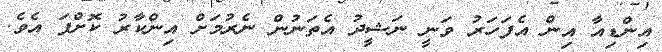
އިންޑިއާ އިން އެފަހަރު ވަނީ ނަޝީދު އެތަނުން ނެރުމަށް އިންކާރު ކޮށްފަ އެވެ.